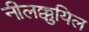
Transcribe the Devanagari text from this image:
नीलक्कुयिल